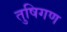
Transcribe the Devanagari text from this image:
तुषिगण